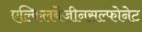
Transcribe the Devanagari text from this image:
एल्किलबेंजीनसल्फोनेट